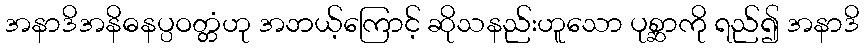
အနာဒိအနိဓနပ္ပဝတ္တံဟု အဘယ့်ကြောင့် ဆိုသနည်းဟူသော ပုစ္ဆာကို ရည်၍ အနာဒိ